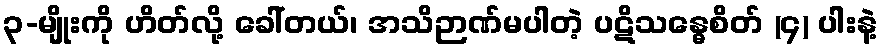
၃-မျိုးကို ဟိတ်လို့ ခေါ်တယ်၊ အသိဉာဏ်မပါတဲ့ ပဋိသန္ဓေစိတ် (၄) ပါးနဲ့